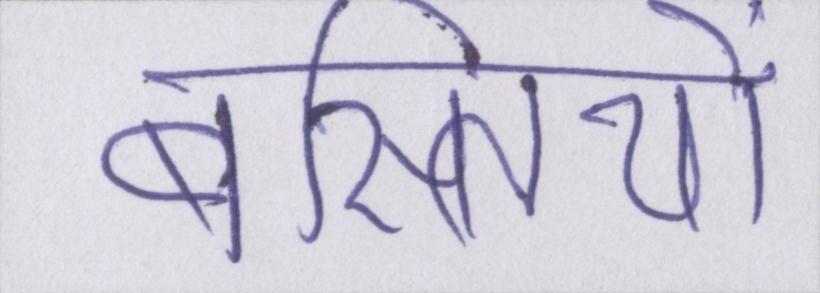
बस्तियों